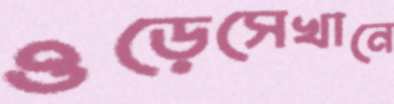
ওড়েসেখানে